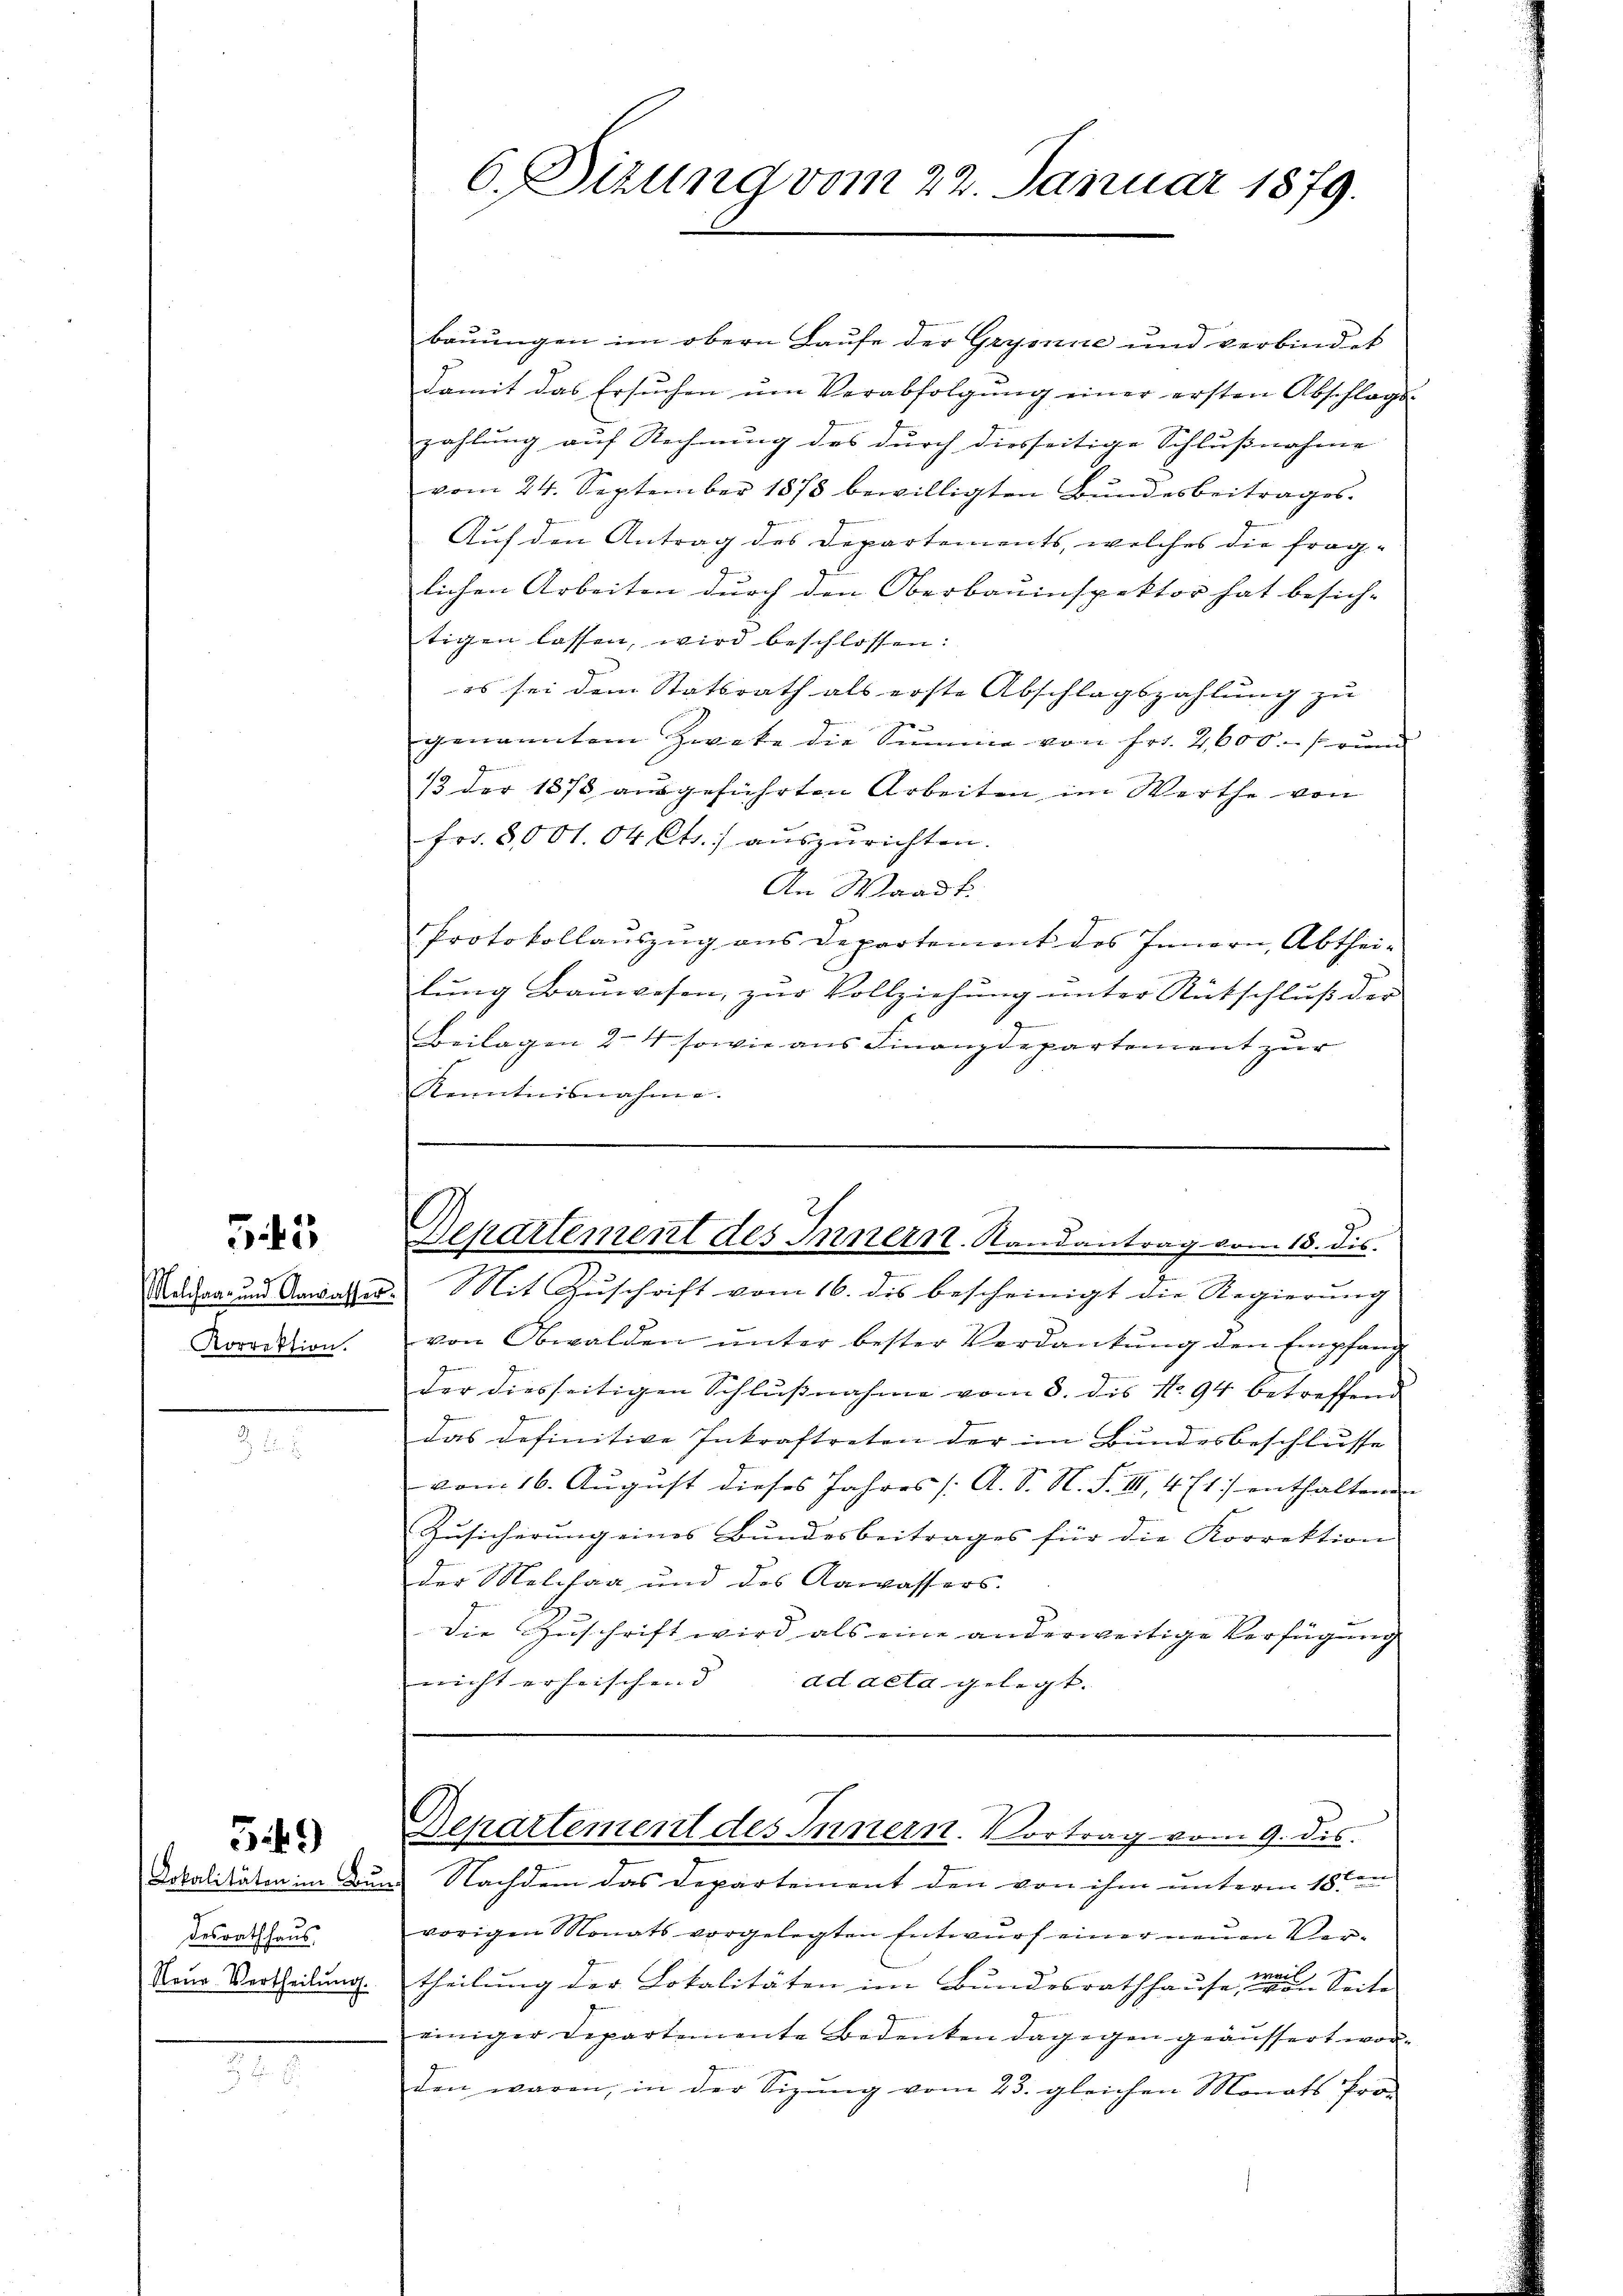
545

Korrektion.

desrathhaus

549)

baŭŭngen im obern Laufe der Grysnne und verbindet
damit das Ersuchen ŭm Verabfolgŭng einer ersten Abschlags-
zahlung auf Rechnung des durch diesseitige Schlußnahme
vom 24. September 1878 bewilligten Bŭndesbeitrages.
Auf den Antrag des Departements, welches die fraglichen Arbeiten durch den Oberbauinspektor hat besich-
tigen lassen, wird beschlossen:
es sei dem Statsrath als erste Abschlagszahlung zu
genanntem Zwete die Summe von Fr. 2,000. rund
Gemein
/2 der 1875 aŭsgeführten Arbeiten im Werthe von
fr. 8001.04 Ctr.) auszurichten.
An Waadt
Protokollauszug aus Departement des Innern, Abthei-
lŭng Baŭwesen, zŭr Vollziehŭng ŭnter Rutschlŭβ der
.
Beilagen 24 sowie aus Finanzdepartement zur
Kenntnisnahme.

6. Dizung vom 22. Januar 1879.

2
Departement des Innern. Randantrag vom 18. dis.

Kuraz und Anwalten. Mit Zuschrift vom 16. dis bescheinigt die Regierung
von Obwalden ŭnter bester Verdankŭng den Empfang
g
der diesseitigen Schlußnahme vom 8. dis No. 94 betreffend
das definitive Inkraftreten der im Bundesbeschlusse
vom 16. August dieses Jahres [A. S. N. F. III, 4 E1] enthaltenden
Zusicherung eines Bundesbeitrages für die Korrektion
der Melchag und des Aawassers.
die Zuschrift wird als eine anderweitige Verfügung
nicht erheischend
ad acta gelegt.

Bepartement des Innern. Vortrag vom 9. dis.

Dotalitäten im Durch Nachdem das Departement den von ihm unterm 18ten
vorigen Monats vorgelegten Entwŭrf einer neŭen Ver-
Nene Vertheilung. Theilung der Lokalitäten im Bundesrathhause, der Seite
einiger Departemente Bedenken dagegen geäussert worden waren, in der Sizŭng vom 23. gleichen Monats fra